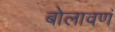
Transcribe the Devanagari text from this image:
बोलावणं